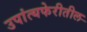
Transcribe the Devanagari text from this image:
उपांत्यफेरीतील